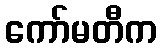
ကော်မတီက